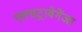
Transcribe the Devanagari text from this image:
एक्सट्रावेगेंजा